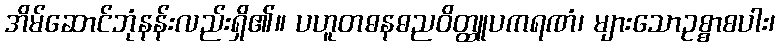
အိမ်ဆောင်ဘုံနန်းလည်းရှိ၏။ ပဟူတဓနဓညဝိတ္ထူပကရဏံ၊ များသောဥစ္စာစပါး၊